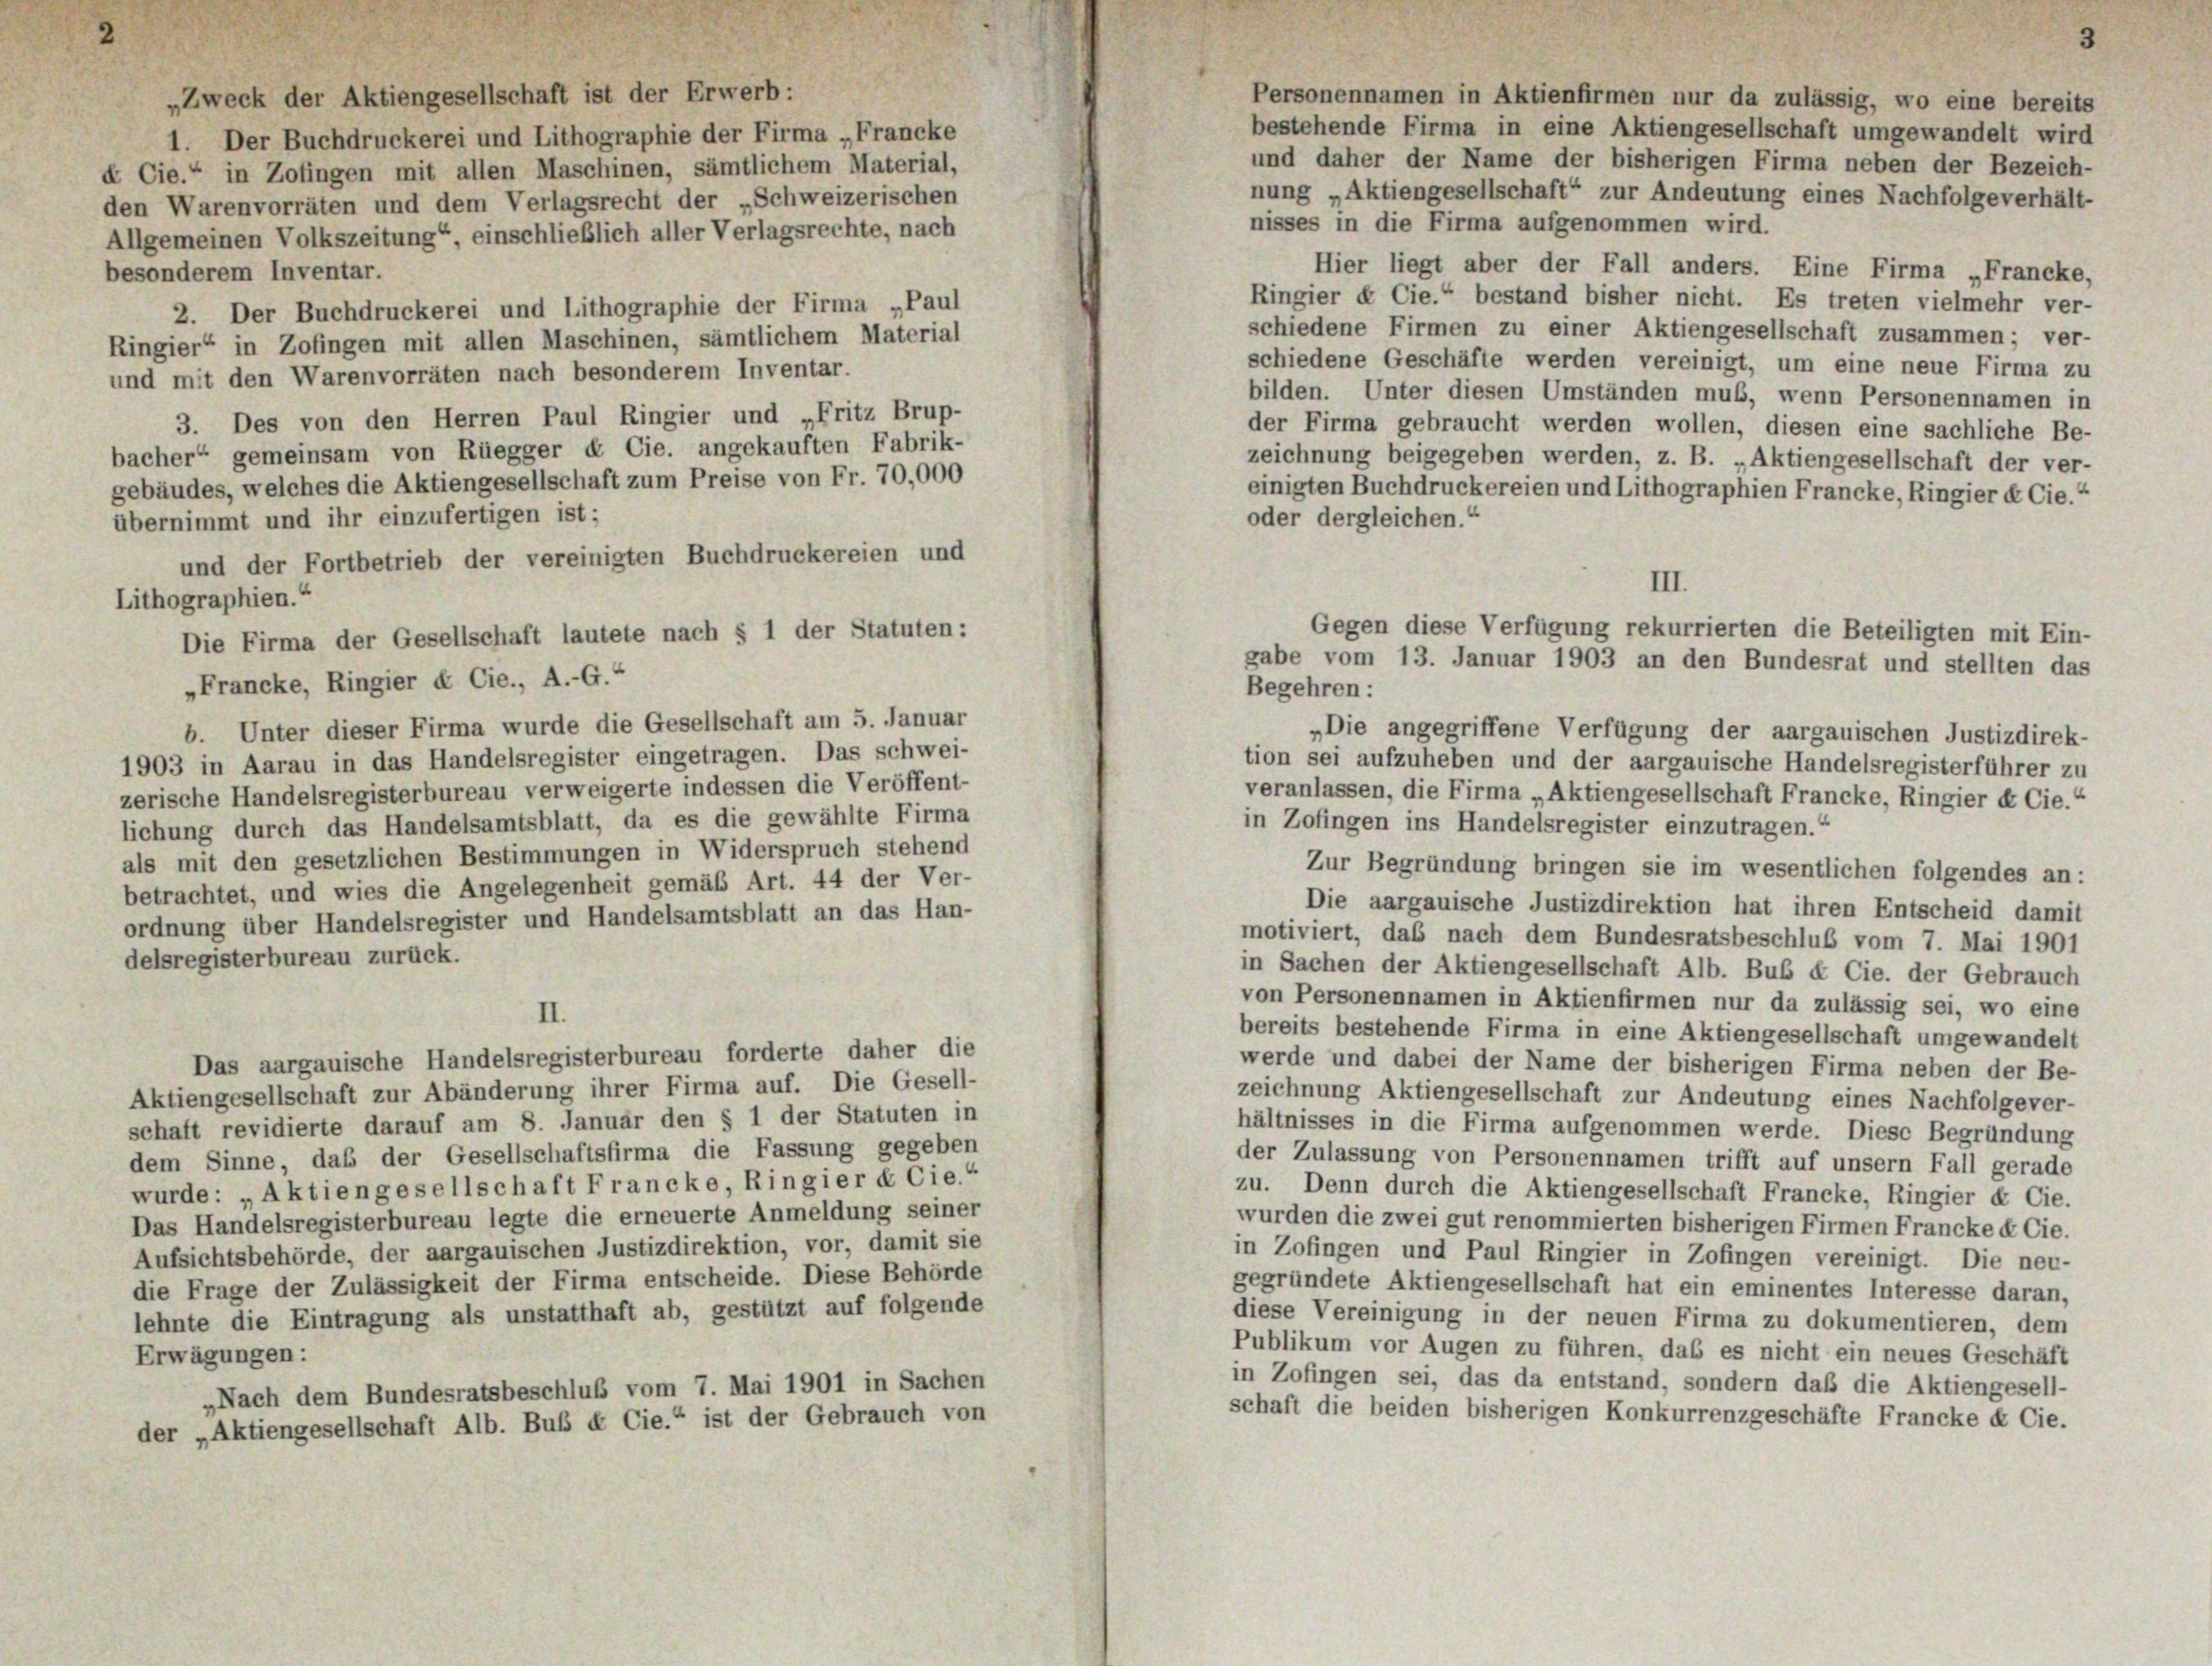
„Zweck der Aktiengesellschaft ist der Erwerb:
Personennamen in Aktienfirmen nur da zulässig, wo eine bereits
bestehende Firma in eine Aktiengesellschaft umgewandelt wird
1. Der Buchdruckerei und Lithographie der Firma „Francke
und daher der Name der bisherigen Firma neben der Bezeich-
Cie.“ in Zofingen mit allen Maschinen, sämtlichem Material,
nung „Aktiengesellschaft“ zur Andeutung eines Nachfolgeverhält-
en Warenvorräten und dem Verlagsrecht der „Schweizerischen
nisses in die Firma aufgenommen wird.
Allgemeinen Volkszeitung“, einschließlich aller Verlagsrechte, nach
Hier liegt aber der Fall anders. Eine Firma „Francke,
besonderem Inventar.
Ringier & Cie.“ bestand bisher nicht. Es treten vielmehr ver-
2. Der Buchdruckerei und Lithographie der Firma „Paul
schiedene Firmen zu einer Aktiengesellschaft zusammen; ver-
ingier“ in Zofingen mit allen Maschinen, sämtlichem Material
schiedene Geschäfte werden vereinigt, um eine neue Firma zu
ind mit den Warenvorräten nach besonderem Inventar.
bilden. Unter diesen Umständen muß, wenn Personennamen in
3. Des von den Herren Paul Ringier und „Fritz Brup-
der Firma gebraucht werden wollen, diesen eine sachliche Be-
sacher“ gemeinsam von Rüegger & Cie. angekauften Fabrik-
zeichnung beigegeben werden, z. B. „Aktiengesellschaft der ver-
gebäudes, welches die Aktiengesellschaft zum Preise von Fr. 70,000
einigten Buchdruckereien und Lithographien Francke, Ringier & Cie.“
oder dergleichen.“
übernimmt und ihr einzufertigen ist;
und der Fortbetrieb der vereinigten Buchdruckereien und
Lithographien.“
Die Firma der Gesellschaft lautete nach § 1 der Statuten:
„Francke, Ringier & Cie., A.-G.“
b. Unter dieser Firma wurde die Gesellschaft am 5. Januar
„Die angegriffene Verfügung der aargauischen Justizdirek-
1903 in Aarau in das Handelsregister eingetragen. Das schwei-
tion sei aufzuheben und der aargauische Handelsregisterführer zu
zerische Handelsregisterbureau verweigerte indessen die Veröffent-
veranlassen, die Firma „Aktiengesellschaft Francke, Ringier d Cie.“
lichung durch das Handelsamtsblatt, da es die gewählte Firma
in Zofingen ins Handelsregister einzutragen.“
als mit den gesetzlichen Bestimmungen in Widerspruch stehend
Zur Begründung bringen sie im wesentlichen folgendes an:
betrachtet, und wies die Angelegenheit gemäß Art. 44 der Ver-
Die aargauische Justizdirektion hat ihren Entscheid damit
ordnung über Handelsregister und Handelsamtsblatt an das Han-
motiviert, das nach dem Bundesratsbeschluß vom 7. Mai 1901
delsregisterbureau zurück.
in Sachen der Aktiengesellschaft Alb. Bub & Cie. der Gebrauch
von Personennamen in Aktienfirmen nur da zulässig sei, wo eine
II.
bereits bestehende Firma in eine Aktiengesellschaft umgewandelt
Das aargauische Handelsregisterbureau forderte daher die
werde und dabei der Name der bisherigen Firma neben der Be-
Aktiengesellschaft zur Abänderung ihrer Firma auf. Die Gesell-
zeichnung Aktiengesellschaft zur Andeutung eines Nachfolgever-
schaft revidierte darauf am 8. Januar den § 1 der Statuten in
hältnisses in die Firma aufgenommen werde. Diese Begründung
dem Sinne, das der Gesellschaftsfirma die Fassung gegeben
der Zulassung von Personennamen trifft auf unsern Fall gerade
wurde: „Aktiengesellschaft Francke, Ringier & Cie.
zu. Denn durch die Aktiengesellschaft Francke, Ringier & Cie.
Das Handelsregisterbureau legte die erneuerte Anmeldung seiner
wurden die zwei gut renommierten bisherigen Firmen Francke & Cie.
Aufsichtsbehörde, der aargauischen Justizdirektion, vor, damit sie
in Zofingen und Paul Ringier in Zofingen vereinigt. Die neu-
die Frage der Zulässigkeit der Firma entscheide. Diese Behörde
gegründete Aktiengesellschaft hat ein eminentes Interesse daran,
lehnte die Eintragung als unstatthaft ab, gestützt auf folgende
diese Vereinigung in der neuen Firma zu dokumentieren, dem
Publikum vor Augen zu führen, das es nicht ein neues Geschäft
Erwägungen:
in Zofingen sei, das da entstand, sondern daß die Aktiengesell-
„Nach dem Bundesratsbeschluß vom 7. Mai 1901 in Sachen
schaft die beiden bisherigen Konkurrenzgeschäfte Francke & Cie.
der „Aktiengesellschaft Alb. Bub & Cie.“ ist der Gebrauch von

III.
Gegen diese Verfügung rekurrierten die Beteiligten mit Ein-
gabe vom 13. Januar 1903 an den Bundesrat und stellten das
Begehren: